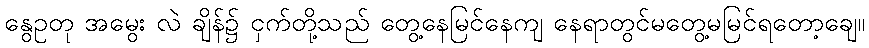
နွေဥတု အမွေး လဲ ချိန်၌ ငှက်တို့သည် တွေ့နေမြင်နေကျ နေရာတွင်မတွေ့မမြင်ရတော့ချေ။